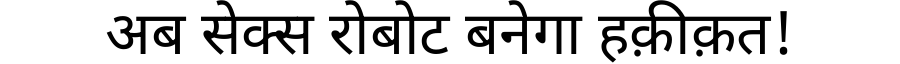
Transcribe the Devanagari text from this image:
अब सेक्स रोबोट बनेगा हक़ीक़त!